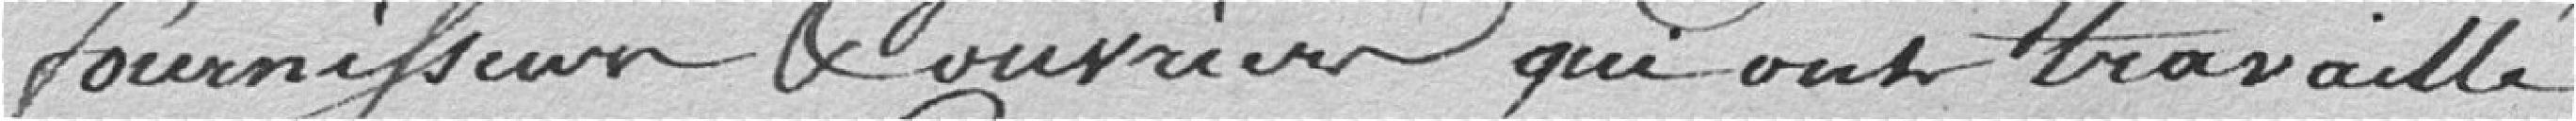
fournisseurs et ouvriers qui ont travaillé